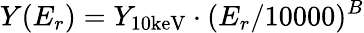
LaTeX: Y(E_{r})=Y_{\mathrm{10keV}}\cdot(E_{r}/10000)^{B}